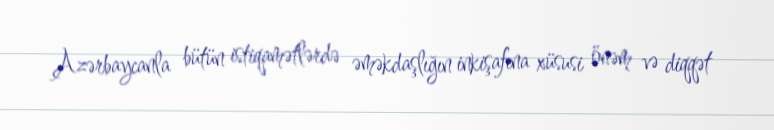
Azərbaycanla bütün istiqamətlərdə əməkdaşlığın inkişafına xüsusi önəm və diqqət